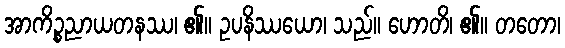
အာကိဉ္စညာယတနဿ၊ ၏။ ဥပနိဿယော၊ သည်။ ဟောတိ၊ ၏။ တတော၊